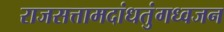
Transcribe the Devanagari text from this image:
राजसत्तामदांधतुंगध्वजन